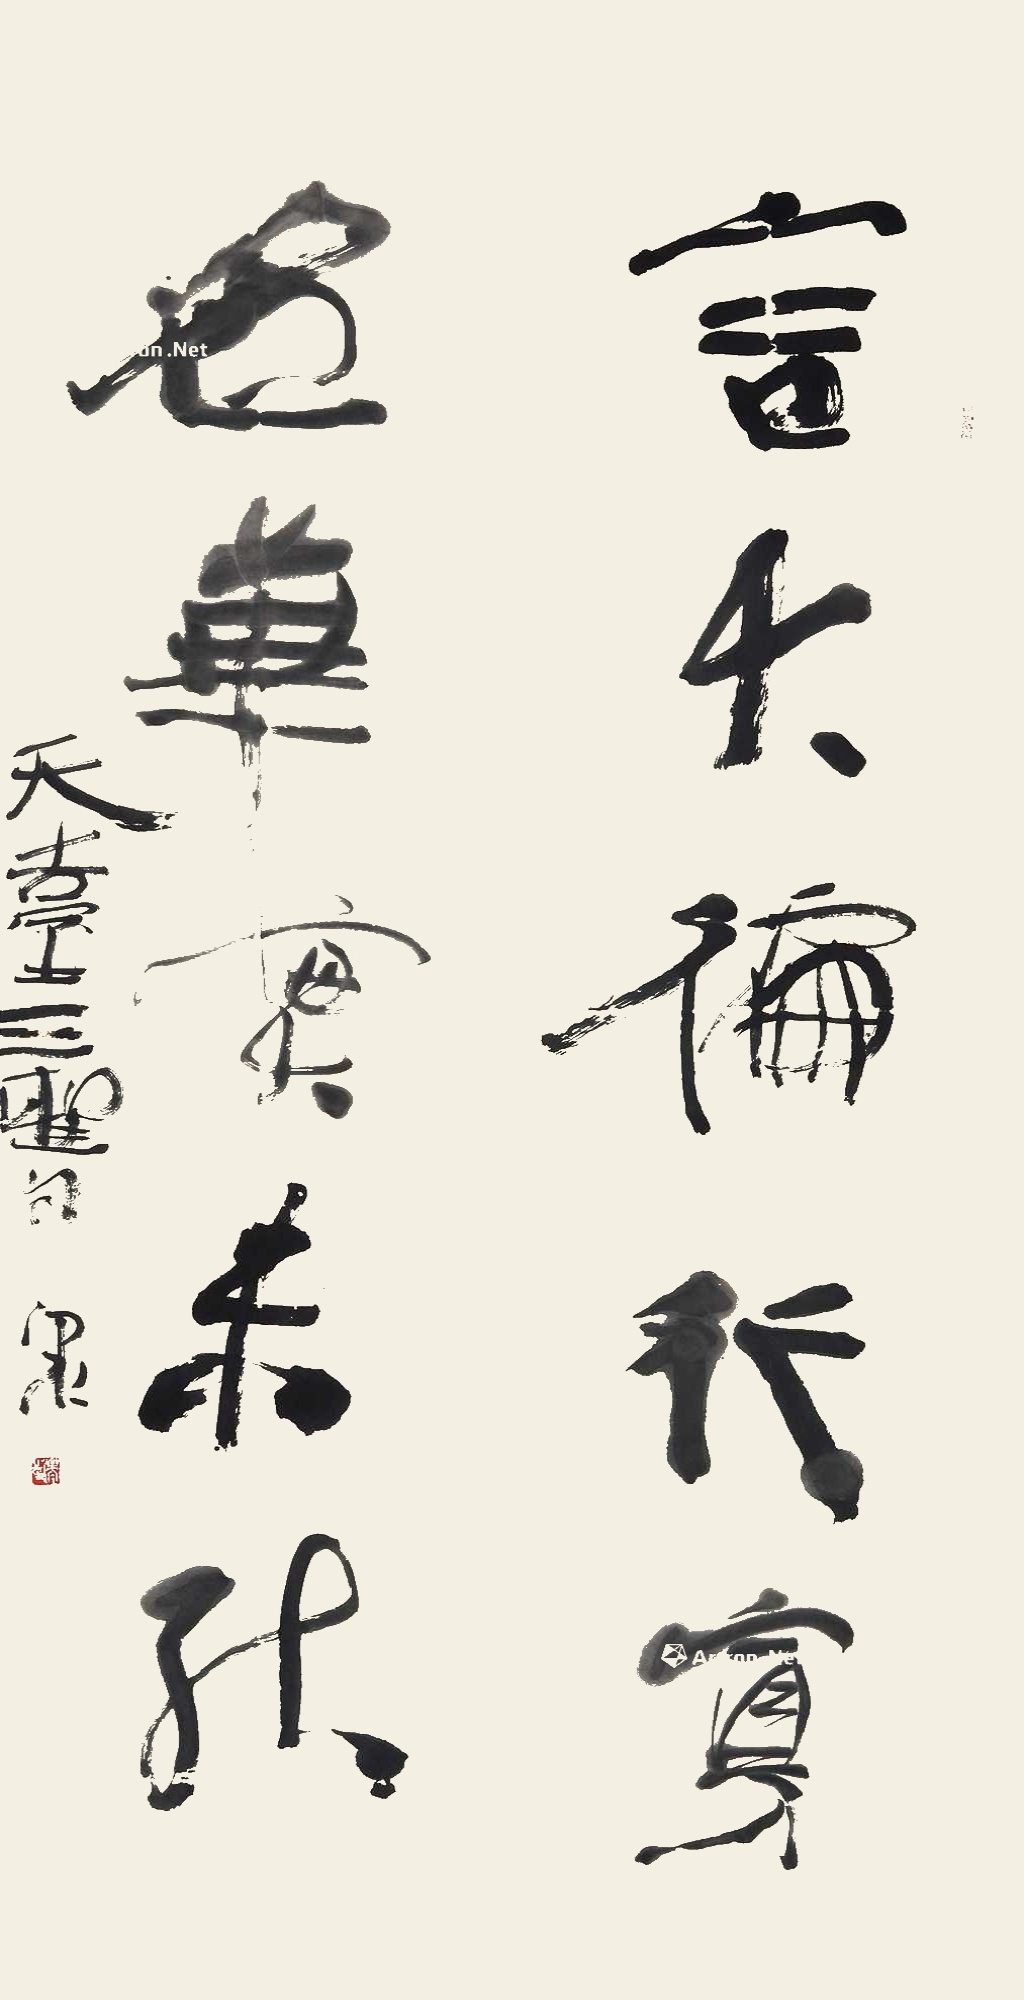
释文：言大徧行穿，名华实未秋。天台三圣句，泉。